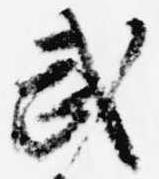
武